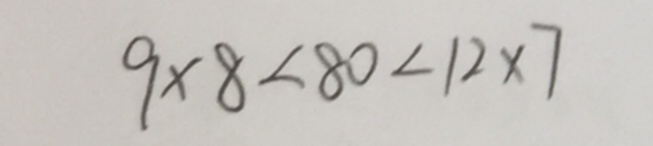
9 \times 8 < 8 0 < 1 2 \times 7